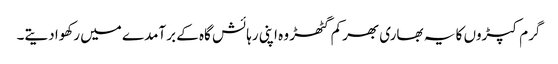
گرم کپڑوں کا یہ بھاری بھرکم گٹھڑ وہ اپنی رہائش گاہ کے برآمدے میں رکھوا دیتے۔